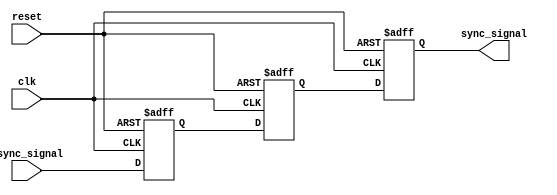
module triple_ff_synchronizer (
    input wire async_signal,  // Asynchronous input signal
    input wire clk,           // Clock signal from the receiving clock domain
    input wire reset,         // Optional reset signal
    output reg sync_signal     // Synchronized output signal
);

    // Internal signals for the flip-flops
    reg ff1, ff2;

    // Always block for the flip-flops
    always @(posedge clk or posedge reset) begin
        if (reset) begin
            ff1 <= 1'b0;       // Initialize FF1 to 0 on reset
            ff2 <= 1'b0;       // Initialize FF2 to 0 on reset
            sync_signal <= 1'b0; // Initialize sync_signal to 0 on reset
        end else begin
            ff1 <= async_signal; // Sample async_signal into FF1
            ff2 <= ff1;          // Sample FF1 output into FF2
            sync_signal <= ff2;  // Sample FF2 output into sync_signal
        end
    end

endmodule